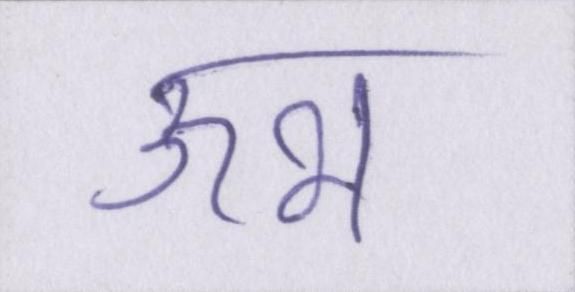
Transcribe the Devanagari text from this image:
ऊभ